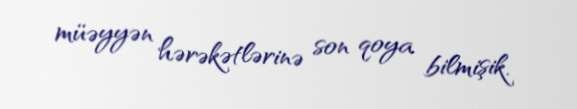
müəyyən hərəkətlərinə son qoya bilmişik.